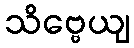
သိဗ္ဗေယျ